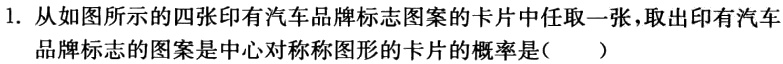
1. 从如图所示的四张印有汽车品牌标志图案的卡片中任取一张，取出印有汽车品牌标志的图案是中心对称图形的卡片的概率是（  ）